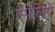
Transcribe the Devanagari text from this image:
स्पॆलिंगे